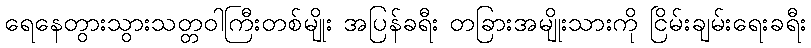
ရေနေတွားသွားသတ္တဝါကြီးတစ်မျိုး အပြန်ခရီး တခြားအမျိုးသားကို ငြိမ်းချမ်းရေးခရီး